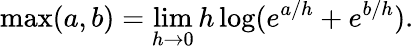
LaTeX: \operatorname*{max}(a,b)=\operatorname*{lim}_{h\to 0}h\log(e^{a/h}+e^{b/h}).